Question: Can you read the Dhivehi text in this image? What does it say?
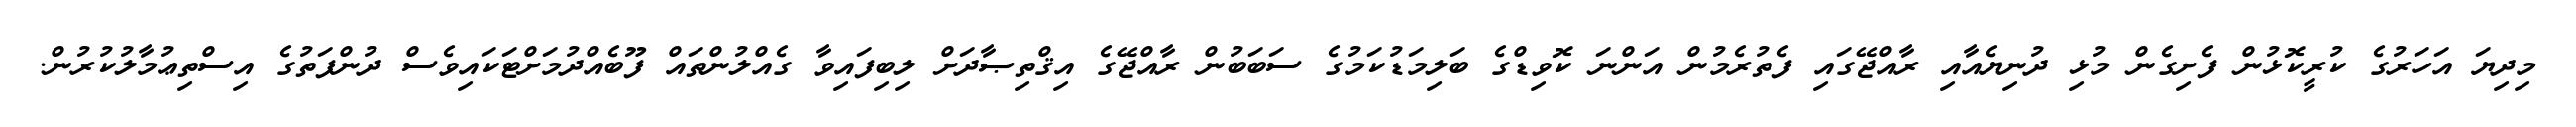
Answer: މިދިޔަ އަހަރުގެ ކުރީކޮޅުން ފެށިގެން މުޅި ދުނިޔެއާއި ރާއްޖޭގައި ފެތުރެމުން އަންނަ ކޮވިޑްގެ ބަލިމަޑުކަމުގެ ސަބަބުން ރާއްޖޭގެ އިޤްތިޞާދަށް ލިބިފައިވާ ގެއްލުންތައް ފޫބެއްދުމަށްޓަކައިވެސް ދުންފަތުގެ އިސްތިޢުމާލުކުރުން.